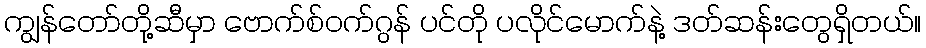
ကျွန်တော်တို့ဆီမှာ ဗောက်စ်ဝက်ဂွန် ပင်တို ပလိုင်မောက်နဲ့ ဒတ်ဆန်းတွေရှိတယ်။